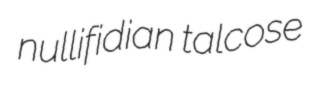
nullifidian talcose